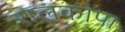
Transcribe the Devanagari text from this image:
रालकापा